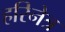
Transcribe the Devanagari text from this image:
हरिनेत्र